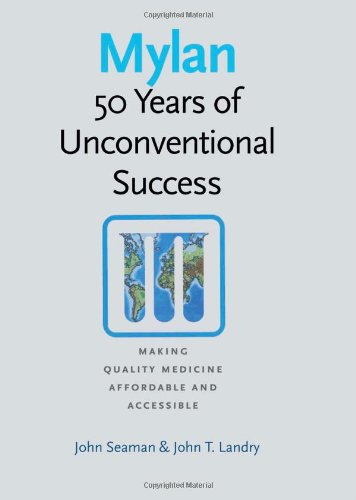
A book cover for Mylan: 50 Years of Unconventional Success, Making Quality Medicine Affordable and Accessible; John Seaman; Medical Books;